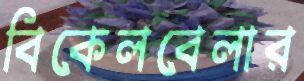
বিকেলবেলার